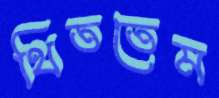
থিততেম